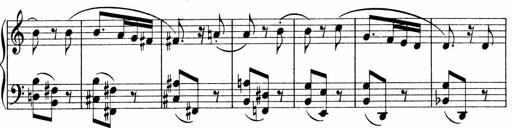
Title: Sonatina No.1
Composer: Otto Stoll
Key: C major